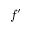
f ^ { \prime }